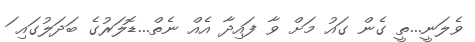
ވެލަނީ...ތީ ގެން ގައު މަށް ވާ ފައިދާ އެއް ނެތް...ޑޮލަރުގެ ބަދަލުގައި ަ